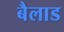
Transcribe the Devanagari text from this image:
बैलाड